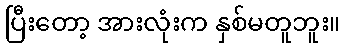
ပြီးတော့ အားလုံးက နှစ်မတူဘူး။